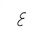
Letter: _ayn